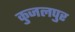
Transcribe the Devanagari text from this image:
कुजलपुर